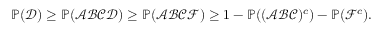
\begin{array} { r } { \operatorname { \mathbb P } ( \mathcal { D } ) \ge \operatorname { \mathbb P } ( \mathcal { A } \mathcal { B } \mathcal { C } \mathcal { D } ) \ge \operatorname { \mathbb P } ( \mathcal { A } \mathcal { B } \mathcal { C } \mathcal { F } ) \ge 1 - \operatorname { \mathbb P } ( ( \mathcal { A } \mathcal { B } \mathcal { C } ) ^ { c } ) - \operatorname { \mathbb P } ( \mathcal { F } ^ { c } ) . } \end{array}